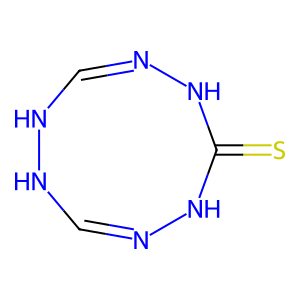
SMILES: S=C1NN=CNNC=NN1
Inhibits HIV replication: No